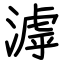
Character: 滹